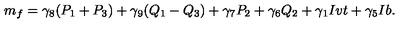
m _ { f } = \gamma _ { 8 } ( P _ { 1 } + P _ { 3 } ) + \gamma _ { 9 } ( Q _ { 1 } - Q _ { 3 } ) + \gamma _ { 7 } P _ { 2 } + \gamma _ { 6 } Q _ { 2 } + \gamma _ { 1 } I v t + \gamma _ { 5 } I b .